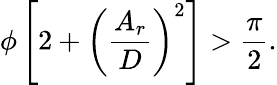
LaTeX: \phi\left[2+\left(\frac{A_{r}}{D}\right)^{2}\right]>\frac{\pi}{2}.